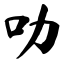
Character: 叻